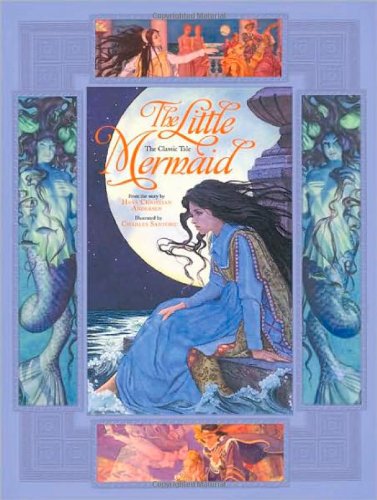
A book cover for The Little Mermaid: From the Story by Hans Christian Andersen (Classic Tales (Running Press Kids)); Children's Books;